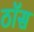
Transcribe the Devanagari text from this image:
ठॉस